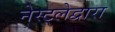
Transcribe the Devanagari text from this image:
नेस्ट्लेद्वारा